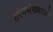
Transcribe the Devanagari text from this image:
तरंगसंख्याओं